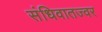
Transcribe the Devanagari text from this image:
संधिवातज्वर